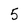
Character: 5